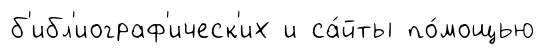
б'ибл'иограф'ическ'их и са́йты по́мощью